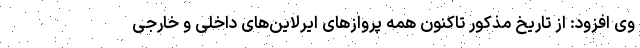
وی افزود: از تاریخ مذکور تاکنون همه پروازهای ایرلاین‌های داخلی و خارجی